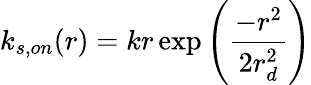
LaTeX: k_{s,on}(r)=kr\exp{\left(\frac{-r^{2}}{2r_{d}^{2}}\right)}